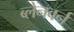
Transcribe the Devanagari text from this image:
ब्लेनवर्न